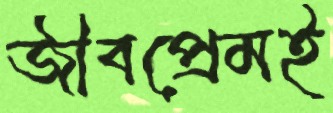
জীবপ্রেমই